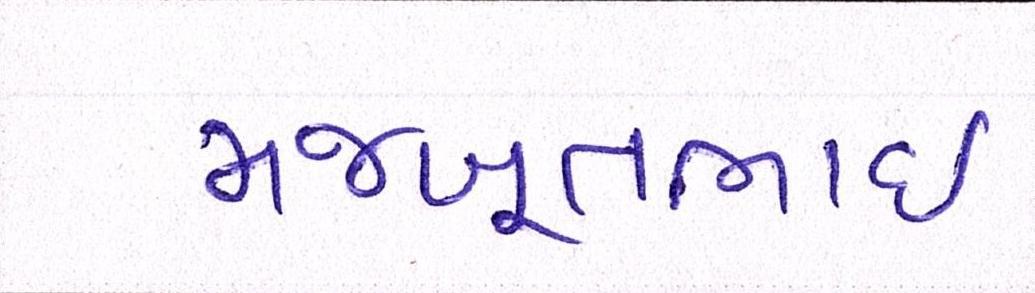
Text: મજબૂતાઈ